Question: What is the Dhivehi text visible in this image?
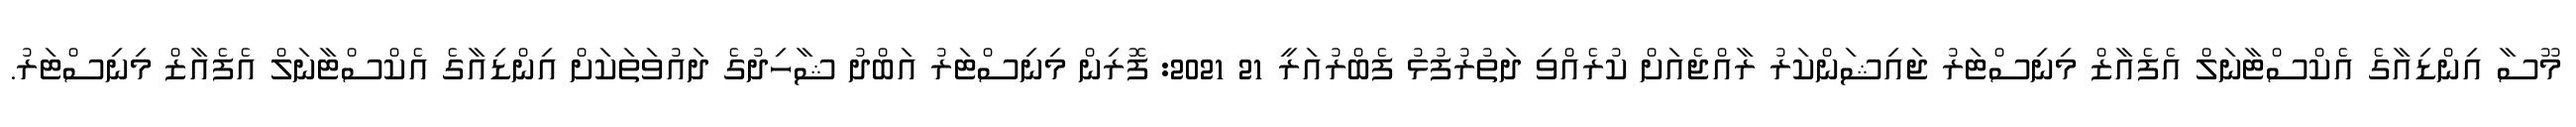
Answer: މޫސާ އިންޑިއާގެ އެކްސްޓާނަލް އެފެއާޒް މިނިސްޓަރު ޖައިޝަންކަރު ރާއްޖެއަށް ކުރެއްވި ދަތުރުފުޅު ފެބްރުއަރީ 21 2021: ފޮރިން މިނިސްޓަރު އަބްދު ޝާހިދުގެ ދައުވަތަކަށް އިންޑިއާގެ އެކްސްޓާނަލް އެފެއާޒް މިނިސްޓަރު.